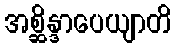
အစ္ဆိန္ဒာပေယျာတိ